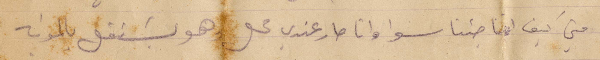
مني كيف انا جئنا سوا وانا صار عندي محل وهو يشتغل بالمونه